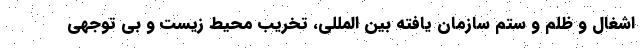
اشغال و ظلم و ستم سازمان یافته بین المللی، تخریب محیط زیست و بی توجهی